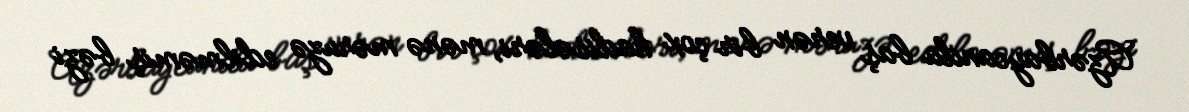
Azərbaycanda baş verən bir çox hadisələri, mənə məruzə edilməmiş bəzi